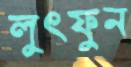
লুৎফুন